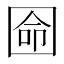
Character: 𡇳